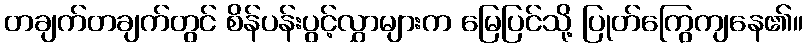
တချက်တချက်တွင် စိန်ပန်းပွင့်လွှာများက မြေပြင်သို့ ပြုတ်ကြွေကျနေ၏။